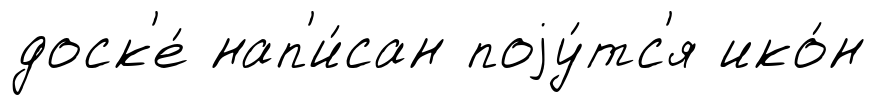
доск'е́ нап'и́сан поjу́тс'я ико́н